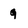
Character: 9